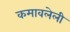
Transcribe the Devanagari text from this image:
कमावलेली